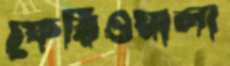
ফেরিওয়ালা